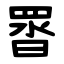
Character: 䍝